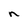
Character: n